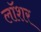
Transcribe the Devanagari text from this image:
लॉशर